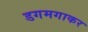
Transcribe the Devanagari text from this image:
डगमगाकर